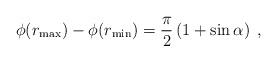
LaTeX: \begin{align*}\phi(r_{\max}) - \phi(r_{\min}) = \frac{\pi}{2}\left( 1 + \sin\alpha \right)\;,\end{align*}